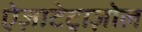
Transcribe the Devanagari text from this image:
ऐज़ाटेट्राज़ोल